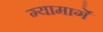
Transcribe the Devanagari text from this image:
ग्यामार्गे